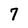
Character: 7